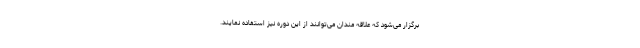
برگزار می‌شود که علاقه مندان می‌توانند از این دوره نیز استفاده نمایند.